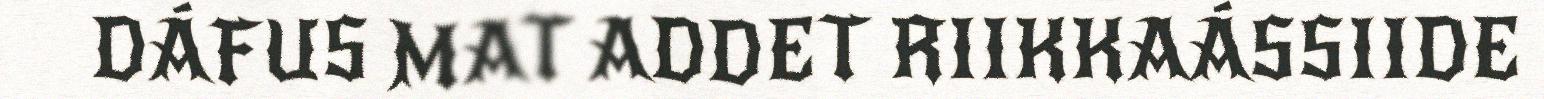
DÁFUS MAT ADDET RIIKKAÁSSIIDE